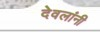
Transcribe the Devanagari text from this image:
देवलांनी